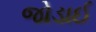
જોડાઈ